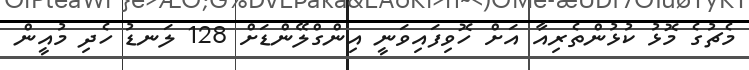
މެޗުގެ މޮޅު ކުޅުންތެރިއާ އަށް ހޮވިފައިވަނީ އިންގްލޭންޑަށް 128 ލަނޑު ހެދި މުއީން